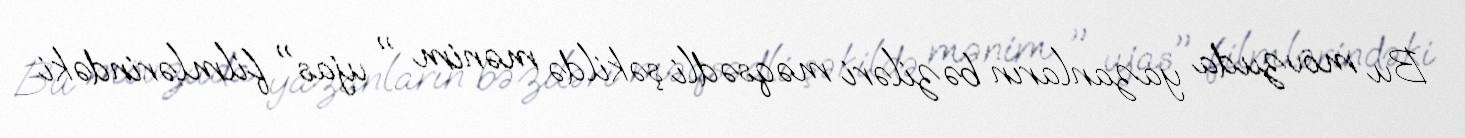
Bu mövzuda yazanların bəziləri məqsədli şəkildə mənim " ujas" filmlərindəki